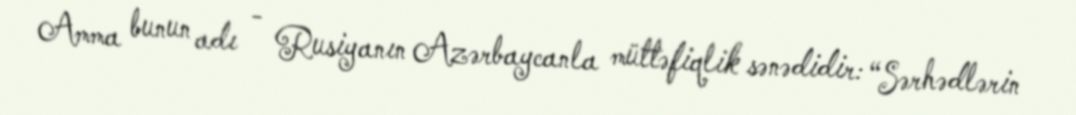
Amma bunun adı - Rusiyanın Azərbaycanla müttəfiqlik sənədidir: “Sərhədlərin